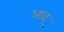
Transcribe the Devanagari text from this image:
आद्